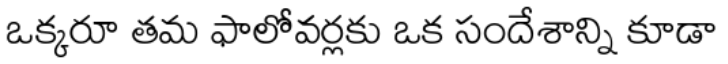
ఒక్కరూ తమ ఫాలోవర్లకు ఒక సందేశాన్ని కూడా